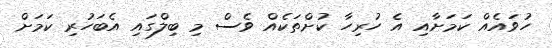
ހުވައެއް ކަމަށާއި އެ ހުރިހާ ކުށްތަކެއް ވެސް މި ބިލްގައި އެބަހުރި ކަމަށް